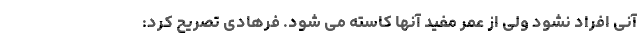
آنی افراد نشود ولی از عمر مفید آنها کاسته می شود. فرهادی تصریح کرد: